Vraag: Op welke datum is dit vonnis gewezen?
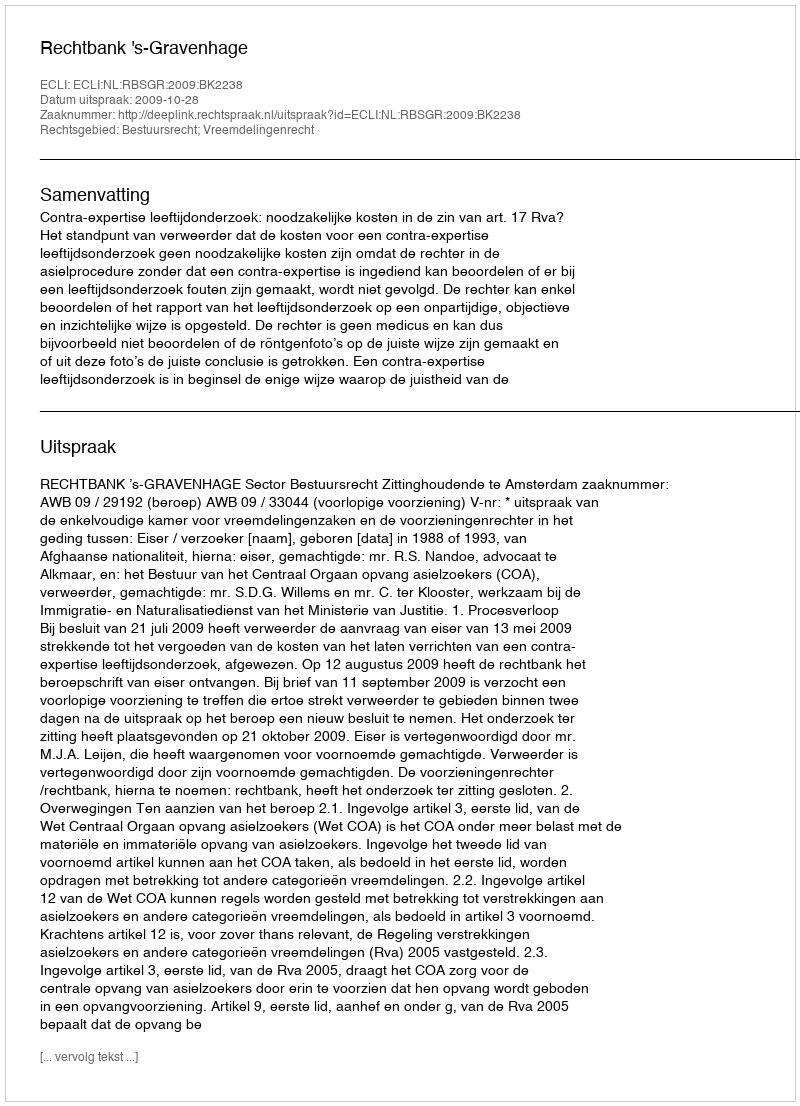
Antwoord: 2009-10-28